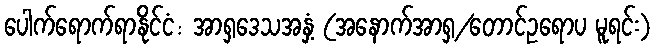
ပေါက်ရောက်ရာနိုင်ငံ: အာရှဒေသအနှံ့ (အနောက်အာရှ/တောင်ဥရောပ မူရင်း)